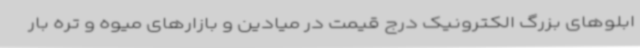
ابلوهای بزرگ الکترونیک درج قیمت در میادین و بازارهای میوه و تره بار